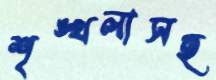
শৃঙ্খলাসহ